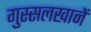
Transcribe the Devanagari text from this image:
गुस्सलखानें